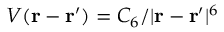
V ( \mathbf { r } - \mathbf { r ^ { \prime } } ) = C _ { 6 } / | \mathbf { r } - \mathbf { r } ^ { \prime } | ^ { 6 }